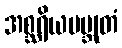
အစ္ဆရိယမဗ္ဘုတံ